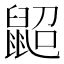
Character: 鼦